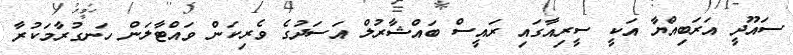
ސައޫދީ އަރަބިއްޔާ އަކީ ސީރިއާގައި ރައީސް ބައްޝާރުލް އަސަދުގެ ވެރިކަން ވައްޓާލަން ހަނގުރާމަކުރާ